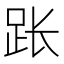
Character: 𫏃